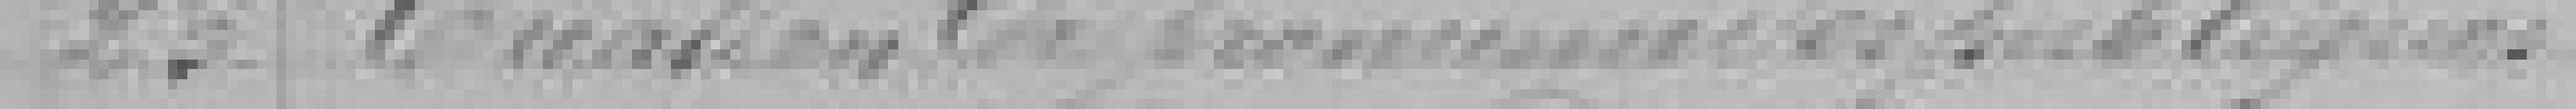
23. Création du ??? publiques